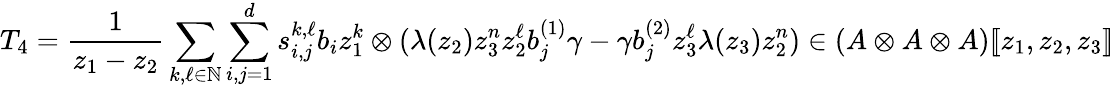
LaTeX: T_{4}=\frac{1}{z_{1}-z_{2}}\sum_{k,\ell\in\mathbb{N}}\sum_{i,j=1}^{d}s_{i,j}^{k,\ell}b_{i}z_{1}^{k}\otimes(\lambda(z_{2})z_{3}^{n}z_{2}^{\ell}b_{j}^{(1)}\gamma-\gamma b_{j}^{(2)}z_{3}^{\ell}\lambda(z_{3})z_{2}^{n})\in(A\otimes A\otimes A)[\! [z_{1},z_{2},z_{3}]\! ]